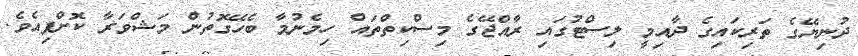
ދުނިޔޭގެ ތަރިކަައިގެ ދާއިމީ ލިސްޓުގައި ރާއްޖޭގެ މިސްކިތްތައް ހިމެނުމާ ބެހޭގޮތުން މަޝްވަރާ ކޮށްފިއެވެ.